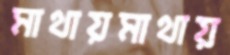
মাথায়মাথায়